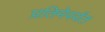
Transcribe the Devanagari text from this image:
प्रतिमेपर्यंत